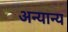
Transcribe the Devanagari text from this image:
अन्‍यान्‍य